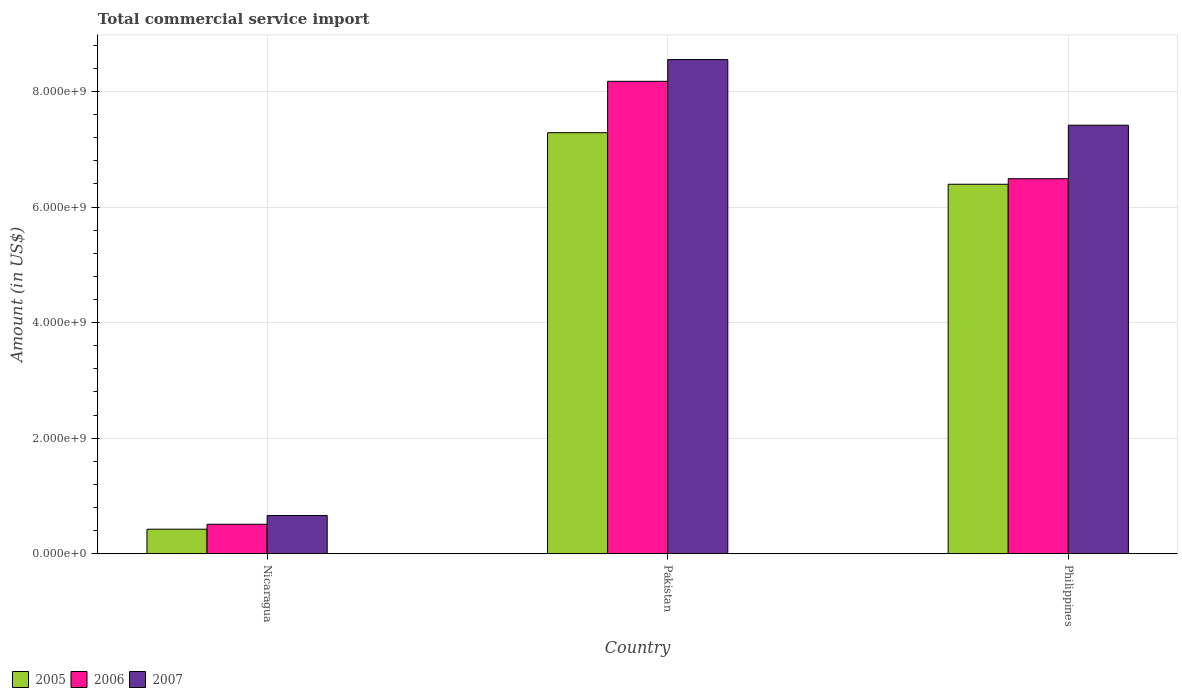
| Country | 2005 | 2006 | 2007 |
 | --- | --- | --- | --- |
 | Nicaragua | 4.24e+08 | 5.09e+08 | 6.6e+08 |
 | Pakistan | 7.29e+09 | 8.18e+09 | 8.55e+09 |
 | Philippines | 6.4e+09 | 6.49e+09 | 7.42e+09 |